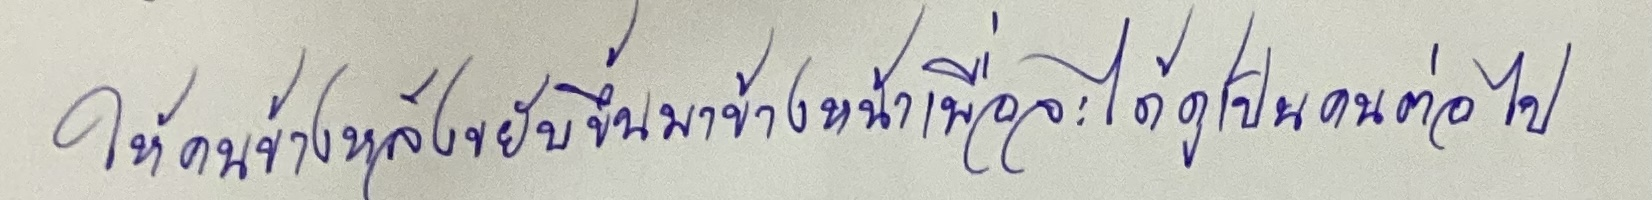
ให้คนข้างหลังขยับขึ้นมาข้างหน้าเพื่อจะได้ดูเป็นคนต่อไป